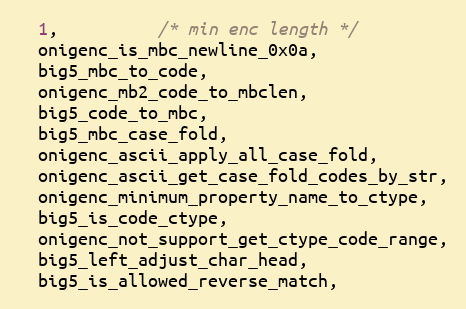
Language: C
  1,          /* min enc length */
  onigenc_is_mbc_newline_0x0a,
  big5_mbc_to_code,
  onigenc_mb2_code_to_mbclen,
  big5_code_to_mbc,
  big5_mbc_case_fold,
  onigenc_ascii_apply_all_case_fold,
  onigenc_ascii_get_case_fold_codes_by_str,
  onigenc_minimum_property_name_to_ctype,
  big5_is_code_ctype,
  onigenc_not_support_get_ctype_code_range,
  big5_left_adjust_char_head,
  big5_is_allowed_reverse_match,